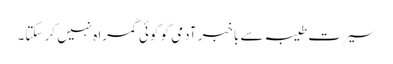
سیرت طیبہ سے باخبر آدمی کو کوئی گمراہ نہیں کر سکتا۔